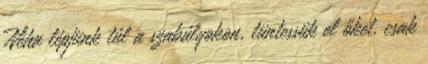
Néha lépjünk túl a szabályokon, tüntessük el őket, csak